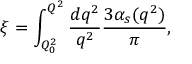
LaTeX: \xi = \int _ { Q _ { 0 } ^ { 2 } } ^ { Q ^ { 2 } } \frac { d q ^ { 2 } } { q ^ { 2 } } \frac { 3 \alpha _ { s } ( q ^ { 2 } ) } { \pi } ,